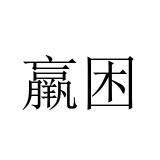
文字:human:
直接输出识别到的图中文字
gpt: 羸困